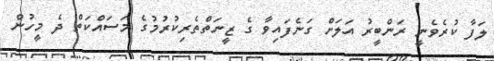
ލަފާ ކުރެވެނީ ރަންބީރު އަލަށް ގަނެފައިވާ ގެ ޒީނަތްތެރިކުރުމުގެ މަސައްކަތް ދެ މީހުން